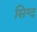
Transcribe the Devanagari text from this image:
सिग्द